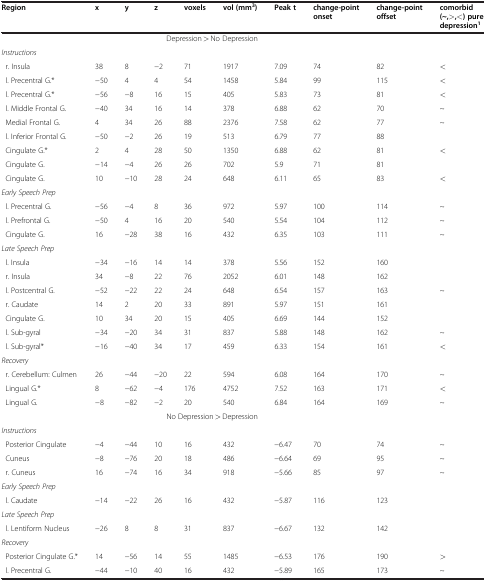
<table><thead><tr><td><b>Region</b></td><td><b>x</b></td><td><b>y</b></td><td><b>z</b></td><td><b>voxels</b></td><td><b>vol (mm<sup>3</sup>)</b></td><td><b>Peak t</b></td><td><b>change-point onset</b></td><td><b>change-point offset</b></td><td><b>comorbid (~,&gt;,&lt;) pure depression<sup>1</sup></b></td></tr></thead><tbody><tr><td colspan="9">Depression &gt; No Depression</td><td> </td></tr><tr><td><i>Instructions</i></td><td> </td><td> </td><td> </td><td> </td><td> </td><td> </td><td> </td><td> </td><td> </td></tr><tr><td>r. Insula</td><td>38</td><td>8</td><td>−2</td><td>71</td><td>1917</td><td>7.09</td><td>74</td><td>82</td><td>&lt;</td></tr><tr><td>l. Precentral G.*</td><td>−50</td><td>4</td><td>4</td><td>54</td><td>1458</td><td>5.84</td><td>99</td><td>115</td><td>&lt;</td></tr><tr><td>l. Precentral G.*</td><td>−56</td><td>−8</td><td>16</td><td>15</td><td>405</td><td>5.83</td><td>73</td><td>81</td><td>&lt;</td></tr><tr><td>l. Middle Frontal G.</td><td>−40</td><td>34</td><td>16</td><td>14</td><td>378</td><td>6.88</td><td>62</td><td>70</td><td>~</td></tr><tr><td>Medial Frontal G.</td><td>4</td><td>34</td><td>26</td><td>88</td><td>2376</td><td>7.58</td><td>62</td><td>77</td><td>~</td></tr><tr><td>l. Inferior Frontal G.</td><td>−50</td><td>−2</td><td>26</td><td>19</td><td>513</td><td>6.79</td><td>77</td><td>88</td><td> </td></tr><tr><td>Cingulate G.*</td><td>2</td><td>4</td><td>28</td><td>50</td><td>1350</td><td>6.88</td><td>62</td><td>81</td><td>&lt;</td></tr><tr><td>Cingulate G.</td><td>−14</td><td>−4</td><td>26</td><td>26</td><td>702</td><td>5.9</td><td>71</td><td>81</td><td> </td></tr><tr><td>Cingulate G.</td><td>10</td><td>−10</td><td>28</td><td>24</td><td>648</td><td>6.11</td><td>65</td><td>83</td><td>&lt;</td></tr><tr><td><i>Early Speech Prep</i></td><td> </td><td> </td><td> </td><td> </td><td> </td><td> </td><td> </td><td> </td><td> </td></tr><tr><td>l. Precentral G.</td><td>−56</td><td>−4</td><td>8</td><td>36</td><td>972</td><td>5.97</td><td>100</td><td>114</td><td>~</td></tr><tr><td>l. Prefrontal G.</td><td>−50</td><td>4</td><td>16</td><td>20</td><td>540</td><td>5.54</td><td>104</td><td>112</td><td>~</td></tr><tr><td>Cingulate G.</td><td>16</td><td>−28</td><td>38</td><td>16</td><td>432</td><td>6.35</td><td>103</td><td>111</td><td>~</td></tr><tr><td><i>Late Speech Prep</i></td><td> </td><td> </td><td> </td><td> </td><td> </td><td> </td><td> </td><td> </td><td> </td></tr><tr><td>l. Insula</td><td>−34</td><td>−16</td><td>14</td><td>14</td><td>378</td><td>5.56</td><td>152</td><td>160</td><td> </td></tr><tr><td>r. Insula</td><td>34</td><td>−8</td><td>22</td><td>76</td><td>2052</td><td>6.01</td><td>148</td><td>162</td><td> </td></tr><tr><td>l. Postcentral G.</td><td>−52</td><td>−22</td><td>22</td><td>24</td><td>648</td><td>6.54</td><td>157</td><td>163</td><td>~</td></tr><tr><td>r. Caudate</td><td>14</td><td>2</td><td>20</td><td>33</td><td>891</td><td>5.97</td><td>151</td><td>161</td><td> </td></tr><tr><td>Cingulate G.</td><td>10</td><td>34</td><td>20</td><td>15</td><td>405</td><td>6.69</td><td>144</td><td>152</td><td> </td></tr><tr><td>l. Sub-gyral</td><td>−34</td><td>−20</td><td>34</td><td>31</td><td>837</td><td>5.88</td><td>148</td><td>162</td><td>~</td></tr><tr><td>l. Sub-gyral*</td><td>−16</td><td>−40</td><td>34</td><td>17</td><td>459</td><td>6.33</td><td>154</td><td>161</td><td>&lt;</td></tr><tr><td><i>Recovery</i></td><td> </td><td> </td><td> </td><td> </td><td> </td><td> </td><td> </td><td> </td><td> </td></tr><tr><td>r. Cerebellum: Culmen</td><td>26</td><td>−44</td><td>−20</td><td>22</td><td>594</td><td>6.08</td><td>164</td><td>170</td><td>~</td></tr><tr><td>Lingual G.*</td><td>8</td><td>−62</td><td>−4</td><td>176</td><td>4752</td><td>7.52</td><td>163</td><td>171</td><td>&lt;</td></tr><tr><td>Lingual G.</td><td>−8</td><td>−82</td><td>−2</td><td>20</td><td>540</td><td>6.84</td><td>164</td><td>169</td><td>~</td></tr><tr><td colspan="9">No Depression &gt; Depression</td><td> </td></tr><tr><td><i>Instructions</i></td><td> </td><td> </td><td> </td><td> </td><td> </td><td> </td><td> </td><td> </td><td> </td></tr><tr><td>Posterior Cingulate</td><td>−4</td><td>−44</td><td>10</td><td>16</td><td>432</td><td>−6.47</td><td>70</td><td>74</td><td>~</td></tr><tr><td>Cuneus</td><td>−8</td><td>−76</td><td>20</td><td>18</td><td>486</td><td>−6.64</td><td>69</td><td>95</td><td>~</td></tr><tr><td>r. Cuneus</td><td>16</td><td>−74</td><td>16</td><td>34</td><td>918</td><td>−5.66</td><td>85</td><td>97</td><td>~</td></tr><tr><td><i>Early Speech Prep</i></td><td> </td><td> </td><td> </td><td> </td><td> </td><td> </td><td> </td><td> </td><td> </td></tr><tr><td>l. Caudate</td><td>−14</td><td>−22</td><td>26</td><td>16</td><td>432</td><td>−5.87</td><td>116</td><td>123</td><td> </td></tr><tr><td><i>Late Speech Prep</i></td><td> </td><td> </td><td> </td><td> </td><td> </td><td> </td><td> </td><td> </td><td> </td></tr><tr><td>l. Lentiform Nucleus</td><td>−26</td><td>8</td><td>8</td><td>31</td><td>837</td><td>−6.67</td><td>132</td><td>142</td><td> </td></tr><tr><td><i>Recovery</i></td><td> </td><td> </td><td> </td><td> </td><td> </td><td> </td><td> </td><td> </td><td> </td></tr><tr><td>Posterior Cingulate G.*</td><td>14</td><td>−56</td><td>14</td><td>55</td><td>1485</td><td>−6.53</td><td>176</td><td>190</td><td>&gt;</td></tr><tr><td>l. Precentral G.</td><td>−44</td><td>−10</td><td>40</td><td>16</td><td>432</td><td>−5.89</td><td>165</td><td>173</td><td>~</td></tr></tbody></table>